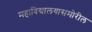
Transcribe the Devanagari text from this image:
महाविद्यालयासमोरील